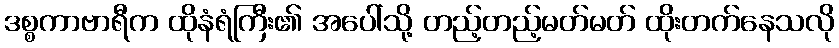
ဒစ္စကာဗာရီက ထိုနံရံကြီး၏ အပေါ်သို့ တည့်တည့်မတ်မတ် ထိုးတက်နေသလို